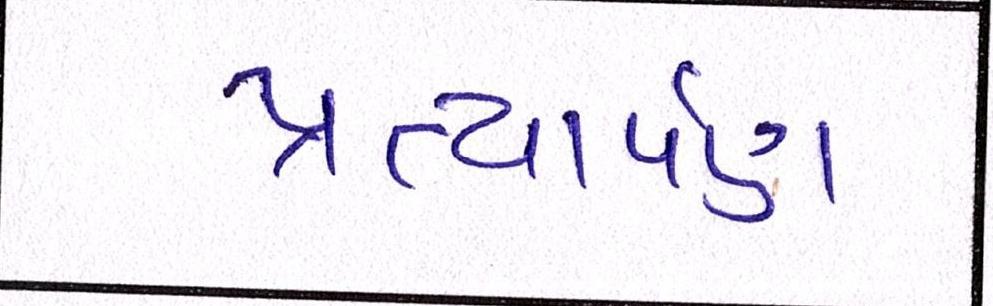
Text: પ્રત્યાર્પણ